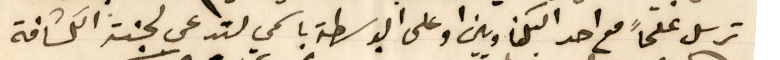
ترسل علماً مع احد البكفاويين او على البوسطة باسمي لتدعى لجنة الكشافة